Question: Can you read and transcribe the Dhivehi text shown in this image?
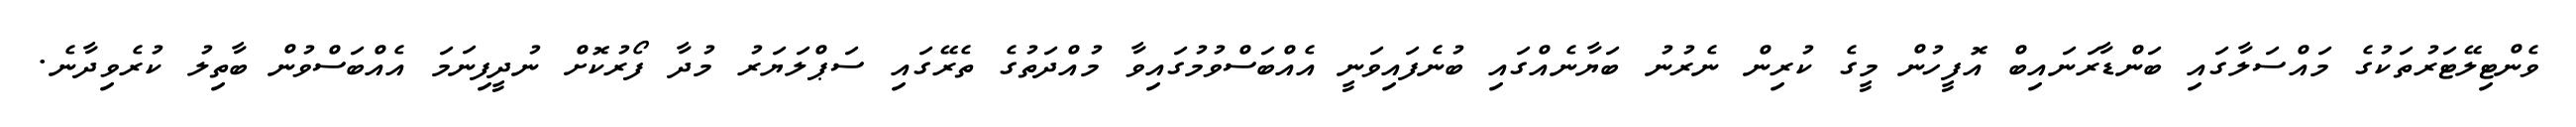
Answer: ވެންޓިލޭޓަރުތަކުގެ މައްސަލާގައި ބަންޑާރަނައިބް އޮފީހުން މީގެ ކުރިން ނެރުނު ބަޔާނެއްގައި ބުނެފައިވަނީ އެއްބަސްވުމުގައިވާ މުއްދަތުގެ ތެރޭގައި ސަޕްލަޔަރު މުދާ ފޯރުކޮށް ނުދީފިނަމަ އެއްބަސްވުން ބާތިލު ކުރެވިދާނެ.